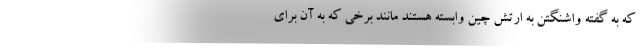
که به گفته واشنگتن به ارتش چین وابسته هستند مانند برخی که به آن برای